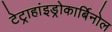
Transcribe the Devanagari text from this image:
टेट्राहांइड्रोकार्बिनोल